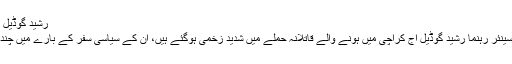
رشید گوڈیل - سیاسی سفرپرایک نظر -
متحدہ قومی موومنٹ کے سینئر رہنما رشید گوڈیل آج کراچی میں ہونے والے قاتلانہ حملے میں شدید زخمی ہوگئے ہیں، ان کے سیاسی سفر کے بارے میں چند بنیادی باتیں درج ذیل ہیں۔